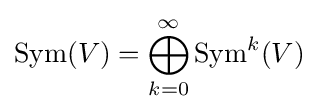
\operatorname {Sym} (V)=\bigoplus _{k=0}^{\infty }\operatorname {Sym} ^{k}(V)